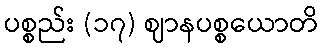
ပစ္စည်း (၁၇) ဈာနပစ္စယောတိ